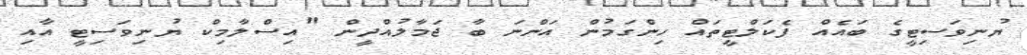
ޔުނިވަސިޓީގެ ބައެއް ފެކަލްޓީތައް ހިންގަމުން އަންނަ ބާ ޖަމާލުއްދީން "އިސްލާމިކް ޔުނިވަސިޓީ އާއި